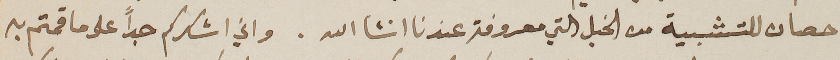
حصان للتشبية من الخيل التي معروفة عندنا انشا الله. واني اشكركم جداً على ما قمتم به